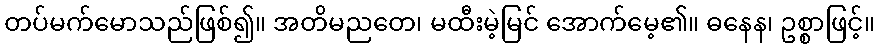
တပ်မက်မောသည်ဖြစ်၍။ အတိမညတေ၊ မထီးမဲ့မြင် အောက်မေ့၏။ ဓနေန၊ ဥစ္စာဖြင့်။